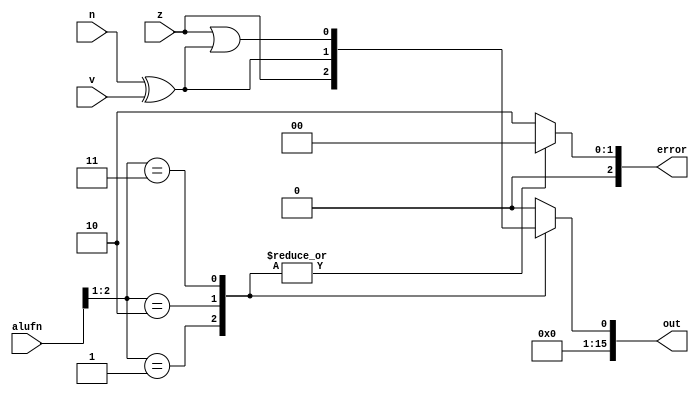
module compare_3 (
    input z,
    input v,
    input n,
    input [5:0] alufn,
    output reg [15:0] out,
    output reg [2:0] error
  );
  
  
  
  always @* begin
    out = 16'h0000;
    error = 3'h0;
    
    case (alufn[1+1-:2])
      2'h1: begin
        out[0+0-:1] = z;
      end
      2'h2: begin
        out[0+0-:1] = n ^ v;
      end
      2'h3: begin
        out[0+0-:1] = z | (n ^ v);
      end
      default: begin
        error = 3'h2;
      end
    endcase
  end
endmodule